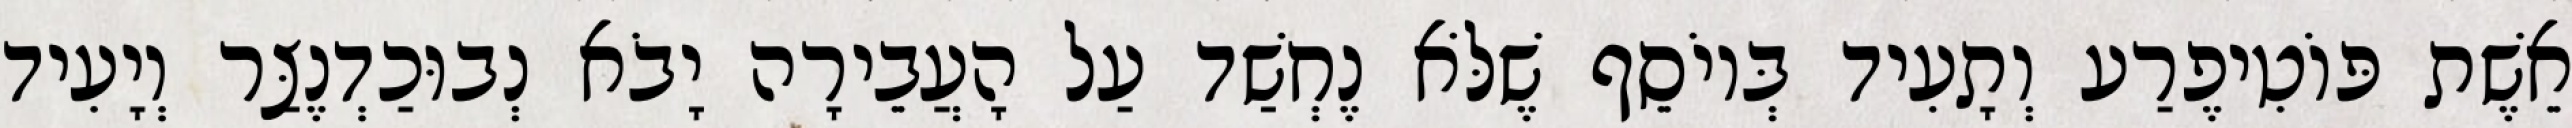
אֵשֶׁת פּוֹטִיפֶרַע וְתָעִיד בְּיוֹסֵף שֶׁלֹּא נֶחְשַׁד עַל הָעֲבֵירָה יָבֹא נְבוּכַדְנֶצַּר וְיָעִיד